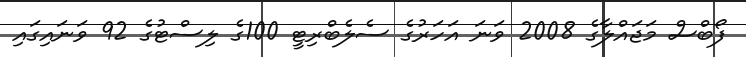
ފޯބްސް މަޖައްލާގެ 2008 ވަނަ އަހަރުގެ ސެލެބްރިޓީ 100ގެ ލިސްޓުގެ 92 ވަނައިގައި